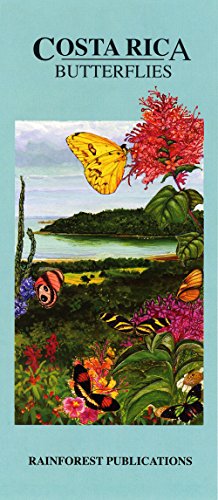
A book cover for Costa Rica Butterflies Wildlife Guide (Laminated Foldout Pocket Field Guide) (English and Spanish Edition); Rainforest Publications; Travel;